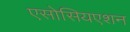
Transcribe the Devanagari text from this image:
एसोसियएशन